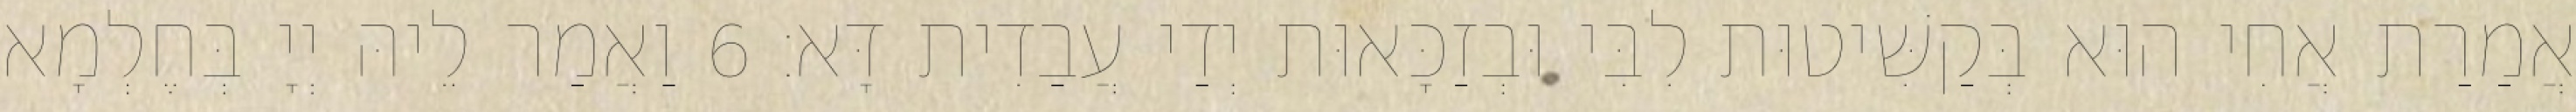
אֲמַרַת אֲחִי הוּא בְּקַשִּׁיטוּת לִבִּי וּבְזַכָּאוּת יְדַי עֲבַדִית דָּא׃ 6 וַאֲמַר לֵיהּ יְיָ בְּחֶלְמָא